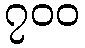
၇၀၀